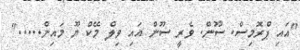
"އައި ޕްރޮމިސް. ސޫން. ވެރީ ސޫން އައި ވިލް މޭކް ޔޫ މައިން....."